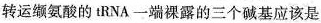
转运缬氨酸的tRNA一端裸露的三个碱基应该是